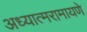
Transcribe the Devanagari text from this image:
अध्यात्मरामायणे